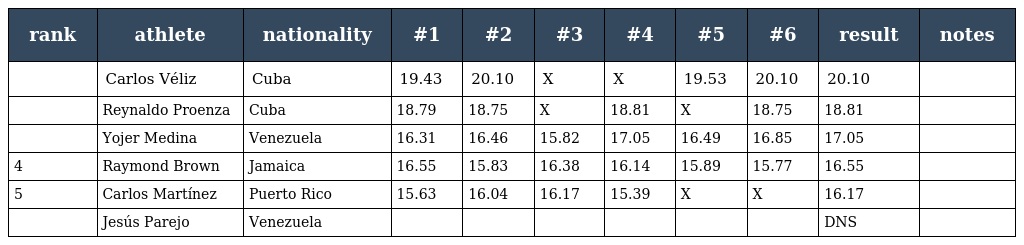
| rank | athlete | nationality | #1 | #2 | #3 | #4 | #5 | #6 | result | notes |
 | --- | --- | --- | --- | --- | --- | --- | --- | --- | --- | --- |
 |  | Carlos Véliz | Cuba | 19.43 | 20.10 | X | X | 19.53 | 20.10 | 20.10 |  |
 |  | Reynaldo Proenza | Cuba | 18.79 | 18.75 | X | 18.81 | X | 18.75 | 18.81 |  |
 |  | Yojer Medina | Venezuela | 16.31 | 16.46 | 15.82 | 17.05 | 16.49 | 16.85 | 17.05 |  |
 | 4 | Raymond Brown | Jamaica | 16.55 | 15.83 | 16.38 | 16.14 | 15.89 | 15.77 | 16.55 |  |
 | 5 | Carlos Martínez | Puerto Rico | 15.63 | 16.04 | 16.17 | 15.39 | X | X | 16.17 |  |
 |  | Jesús Parejo | Venezuela |  |  |  |  |  |  | DNS |  |